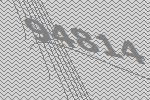
94814